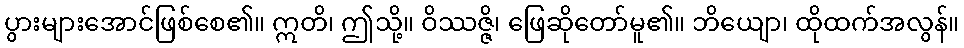
ပွားများအောင်ဖြစ်စေ၏။ ဣတိ၊ ဤသို့။ ဝိဿဇ္ဇိ၊ ဖြေဆိုတော်မူ၏။ ဘိယျော၊ ထိုထက်အလွန်။